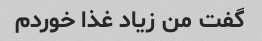
گفت من زیاد غذا خوردم